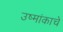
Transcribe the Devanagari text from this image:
उष्मांकाचे